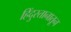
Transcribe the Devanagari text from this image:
हिंदुस्तानातून